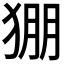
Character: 𱮄